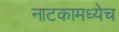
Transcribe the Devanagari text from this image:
नाटकामध्येच